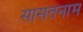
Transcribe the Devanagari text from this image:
सासतनाम